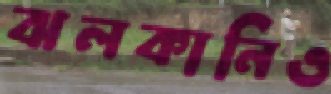
ঝলকানিও